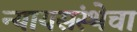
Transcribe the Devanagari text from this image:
न्यायसंस्थेचा